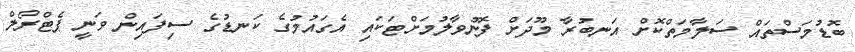
ބޮޑުމަސްތައް ސަލާމަތްކޮށް އަނބުރާ މޫދަށް ފޮނުވާލުމަށްޓަކައި އެގައުމުގެ ކަނޑުގެ ސިފައިން ވަނީ ޕެޓްރޯލް